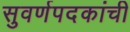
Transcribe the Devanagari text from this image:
सुवर्णपदकांची